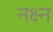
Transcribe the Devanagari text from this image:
नक्ष्न